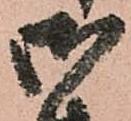
御